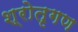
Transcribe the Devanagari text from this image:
श्रोतृगण